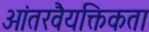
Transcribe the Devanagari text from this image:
आंतरवैयक्तिकता